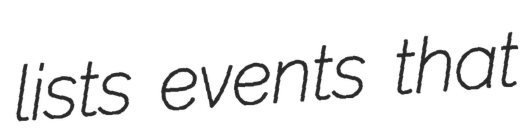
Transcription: lists events that